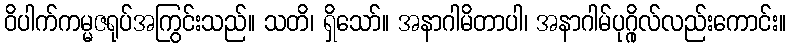
ဝိပါက်ကမ္မဇရုပ်အကြွင်းသည်။ သတိ၊ ရှိသော်။ အနာဂါမိတာပါ၊ အနာဂါမ်ပုဂ္ဂိုလ်လည်းကောင်း။